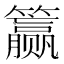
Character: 𰪣